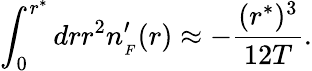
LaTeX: \int_{0}^{r^{*}}drr^{2}n_{_{F}}^{\prime}(r)\approx-{\frac{(r^{*})^{3}}{12T}}.